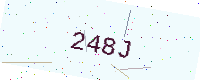
Text: 248J